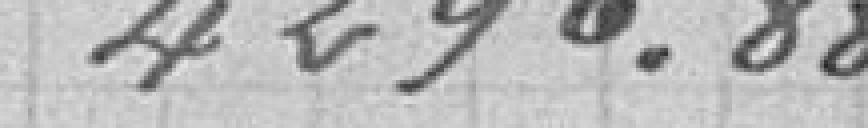
4296.88